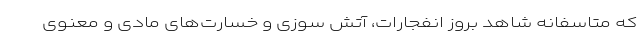
که متاسفانه شاهد بروز انفجارات، آتش سوزی و خسارت‌های مادی و معنوی